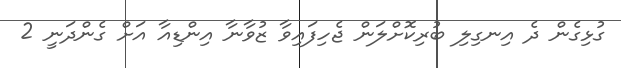
ގުޅިގެން ދެ އިނގިލި ބުރިކޮށްލަން ޖެހިފައިވާ ޒުވާނާ އިންޑިއާ އަށް ގެންދަނީ 2